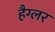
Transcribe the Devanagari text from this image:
हैग्लर